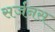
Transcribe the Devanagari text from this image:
सर्जनस